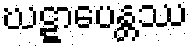
ဃဋ္ဋာပေန္တဿ